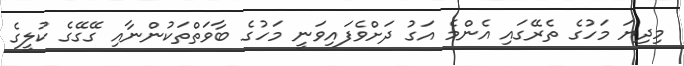
މިދިޔަ މަހުގެ ތެރޭގައި އެންމެ އަގު ދަށްވެފައިވަނީ މަހުގެ ބާވަތްތަކުންނާއި ގޭގޭގެ ކުލީގެ